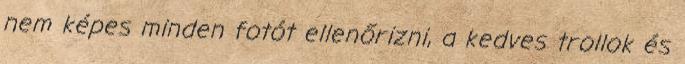
nem képes minden fotót ellenőrizni, a kedves trollok és